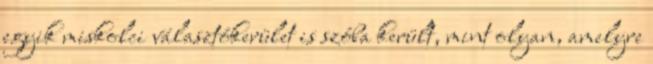
egyik miskolci választókerület is szóba került, mint olyan, amelyre